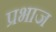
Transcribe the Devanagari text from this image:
प्रभाज